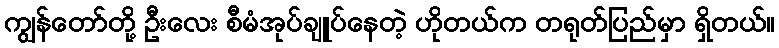
ကျွန်တော်တို့ ဦးလေး စီမံအုပ်ချူပ်နေတဲ့ ဟိုတယ်က တရုတ်ပြည်မှာ ရှိတယ်။